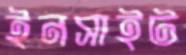
ইনসাইট